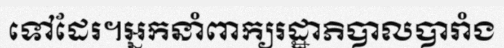
ទៅដែរ។អ្នកនាំពាក្យរដ្ឋាភិបាលបារាំង